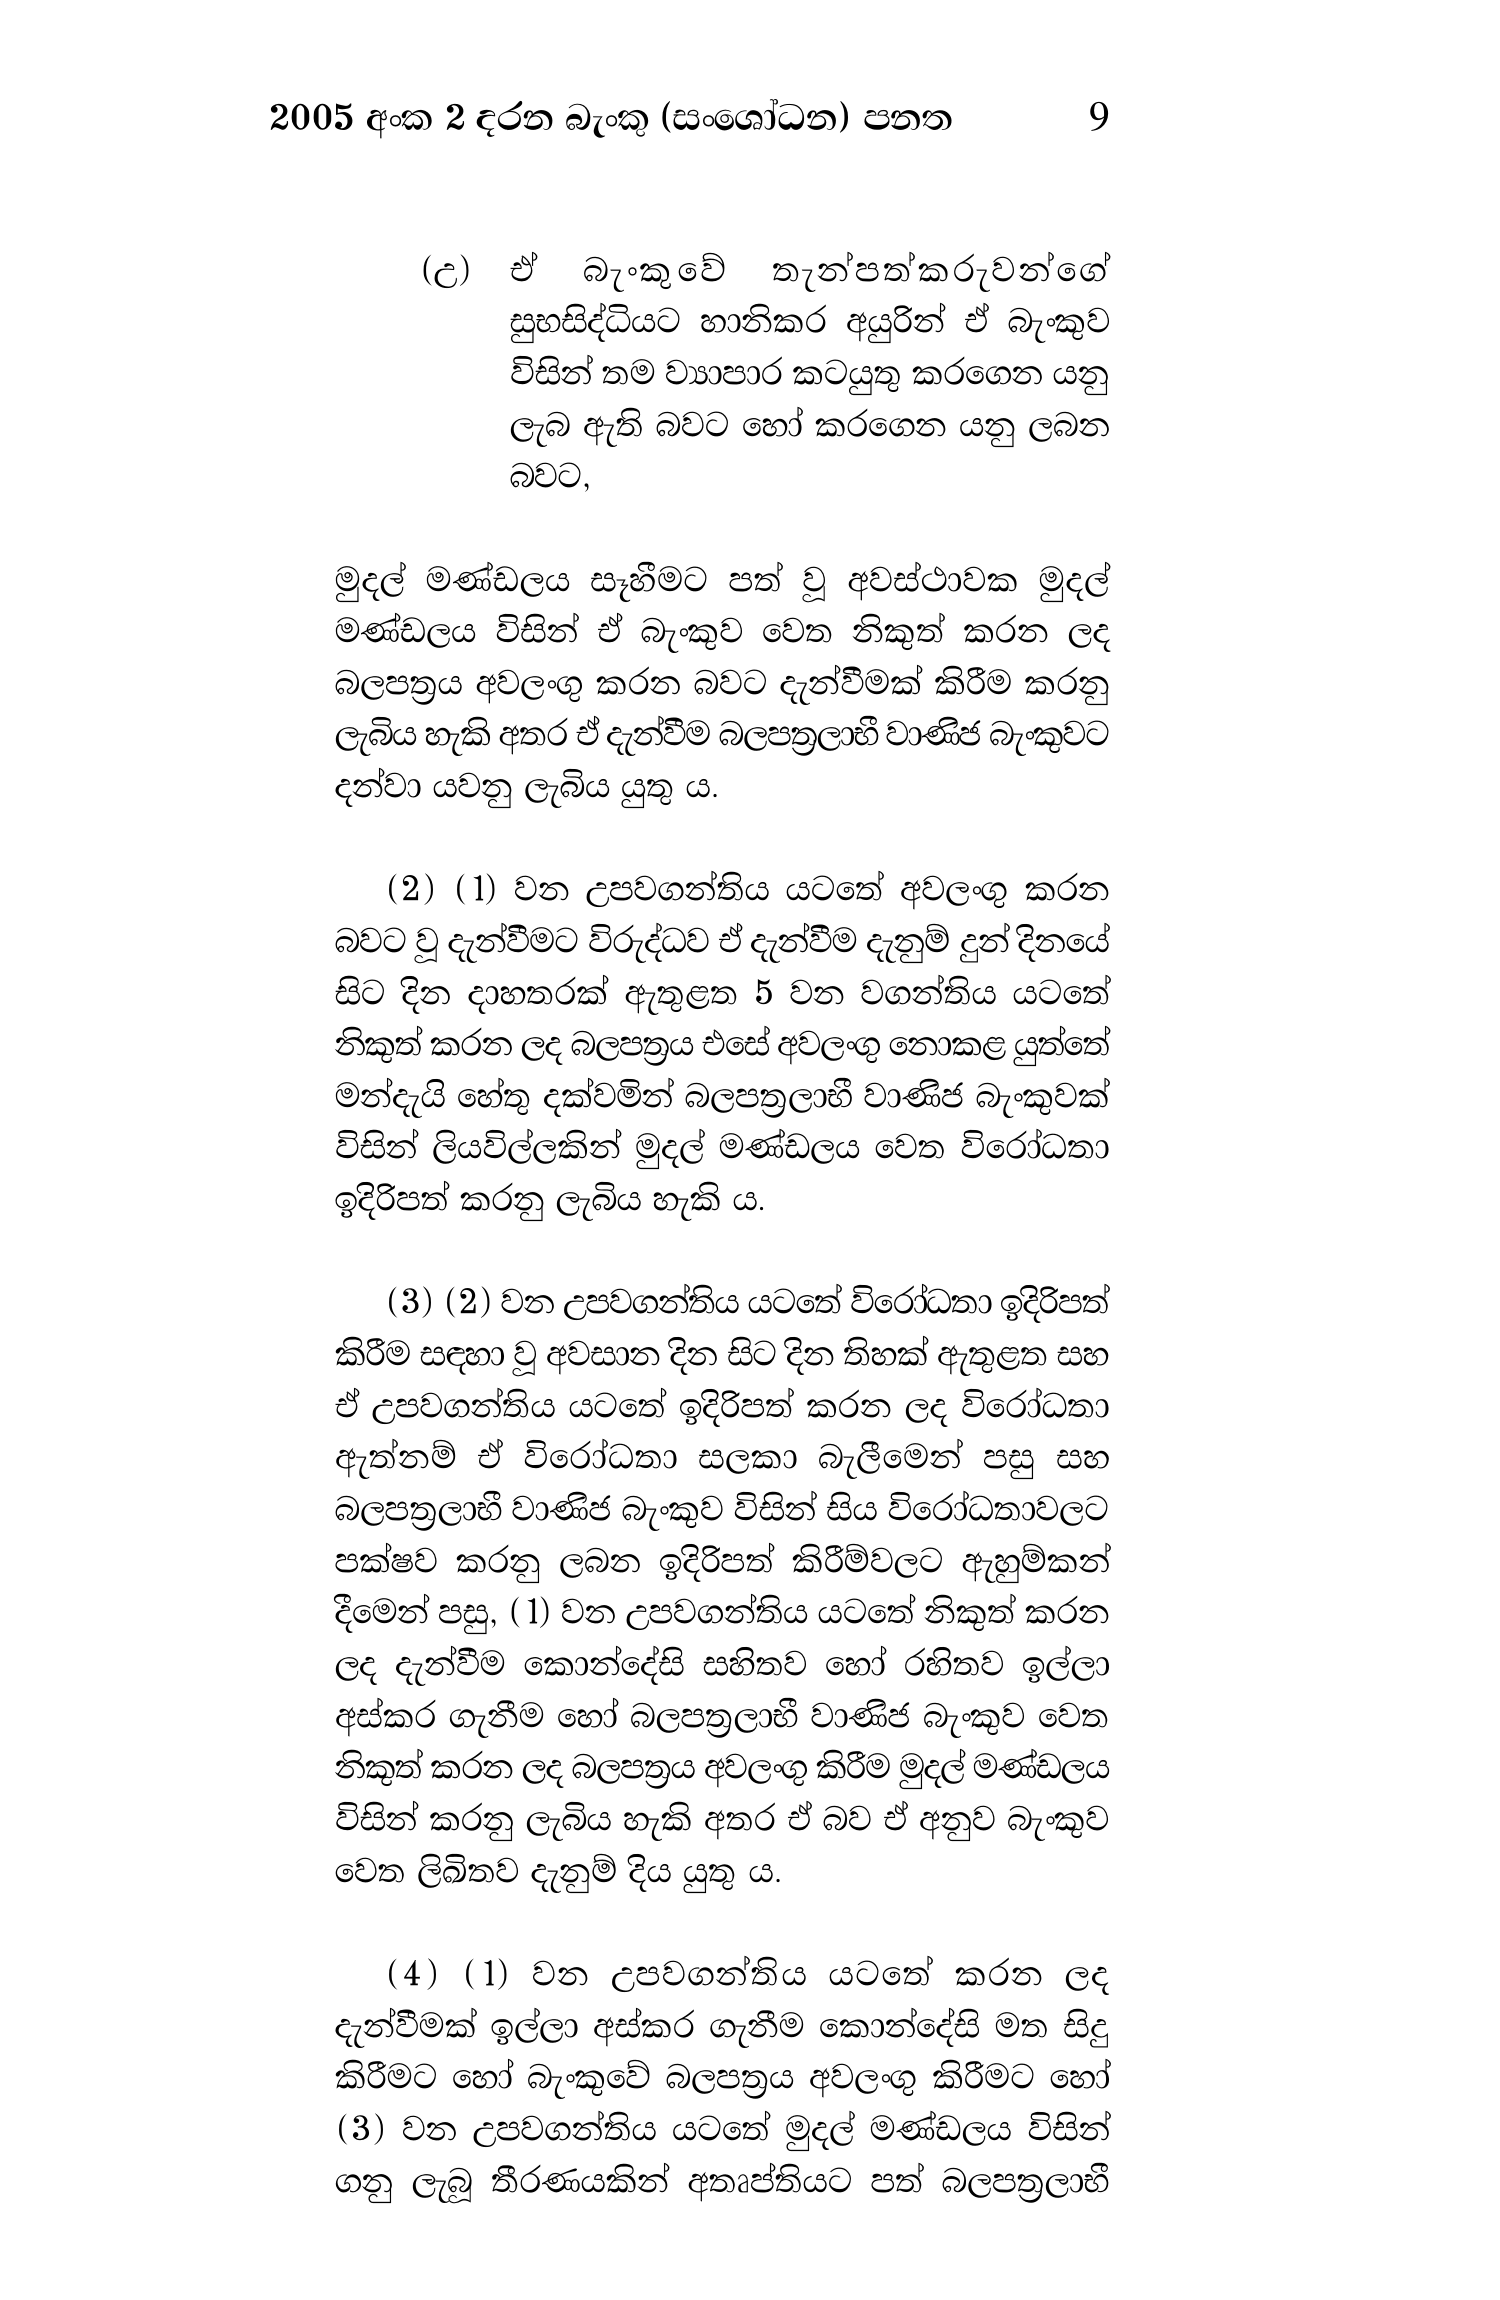
2005 අංක 2 දරන බැංකු (සංශෝධන) පනත 9

(උ) ඒ බැංකුවේ තැන්පත්කරුවන්ගේ
සුභසිද්ධියට හානිකර අයුරින් ඒ බැංකුව
විසින් තම ව්‍යාපාර කටයුතු කරගෙන යනු
ලැබ ඇති බවට හෝ කරගෙන යනු ලබන
බවට,

මුදල් මණ්ඩලය සෑහීමට පත් වූ අවස්ථාවක මුදල්
මණ්ඩලය විසින් ඒ බැංකුව වෙත නිකුත් කරන ලද
බලපත්‍රය අවලංගු කරන බවට දැන්වීමක් කිරීම කරනු
ලැබිය හැකි අතර ඒ දැන්වීම බලපත්‍රලාභී වාණිජ බැංකුවට
දන්වා යවනු ලැබිය යුතු ය.

(2) (1) වන උපවගන්තිය යටතේ අවලංගු කරන
බවට වූ දැන්වීමට විරුද්ධව ඒ දැන්වීම දැනුම් දුන් දිනයේ
සිට දින දාහතරක් ඇතුළත 5 වන වගන්තිය යටතේ
නිකුත් කරන ලද බලපත්‍රය එසේ අවලංගු නොකළ යුත්තේ
මන්දැයි හේතු දක්වමින් බලපත්‍රලාභී වාණිජ බැංකුවක්
විසින් ලියවිල්ලකින් මුදල් මණ්ඩලය වෙත විරෝධතා
ඉදිරිපත් කරනු ලැබිය හැකි ය.

(3) (2) වන උපවගන්තිය යටතේ විරෝධතා ඉදිරිපත්
කිරීම සඳහා වූ අවසාන දින සිට දින තිහක් ඇතුළත සහ
ඒ උපවගන්තිය යටතේ ඉදිරිපත් කරන ලද විරෝධතා
ඇත්නම් ඒ විරෝධතා සලකා බැලීමෙන් පසු සහ
බලපත්‍රලාභී වාණිජ බැංකුව විසින් සිය විරෝධතාවලට
පක්ෂව කරනු ලබන ඉදිරිපත් කිරීම්වලට ඇහුම්කන්
දීමෙන් පසු, ( 1) වන උපවගන්තිය යටතේ නිකුත් කරන
ලද දැන්වීම කොන්දේසි සහිතව හෝ රහිතව ඉල්ලා
අස්කර ගැනීම හෝ බලපත්‍රලාභී වාණිජ බැංකුව වෙත
නිකුත් කරන ලද බලපත්‍රය අවලංගු කිරීම මුදල් මණ්ඩලය
විසින් කරනු ලැබිය හැකි අතර ඒ බව ඒ අනුව බැංකුව
වෙත ලිඛිතව දැනුම් දිය යුතු ය.

(4) (1) වන උපවගන්තිය යටතේ කරන ලද
දැන්වීමක් ඉල්ලා අස්කර ගැනීම කොන්දේසි මත සිදු
කිරීමට හෝ බැංකුවේ බලපත්‍රය අවලංගු කිරීමට හෝ
(3) වන උපවගන්තිය යටතේ මුදල් මණ්ඩලය විසින්
ගනු ලැබූ තීරණයකින් අතෘප්තියට පත් බලපත්‍රලාභී